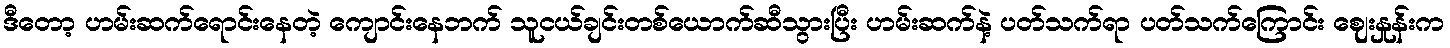
ဒီတော့ ဟမ်းဆက်ရောင်းနေတဲ့ ကျောင်းနေဘက် သူငယ်ချင်းတစ်ယောက်ဆီသွားပြီး ဟမ်းဆက်နဲ့ ပတ်သက်ရာ ပတ်သက်ကြောင်း ဈေးနှုန်းက